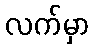
လက်မှာ